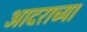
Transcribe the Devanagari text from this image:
आदराच्या